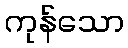
ကုန်သော